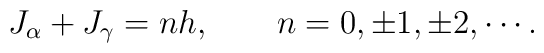
J_\alpha+ J_\gamma = n h, \qquad n= 0,\pm 1,\pm 2,\cdots.